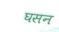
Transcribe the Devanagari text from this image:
घसन